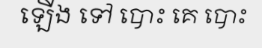
ឡើង ទៅ បោះ គេ បោះ